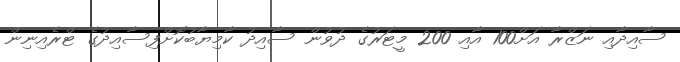
ސާއިދާއި ނަޒްރާ އަށް100 އާއި 200 މީޓަރުގެ ދުވުން ސާއިދު ކާމިޔާބުކޮށްފިސާއިދުގެ ޓްރެއިނިން